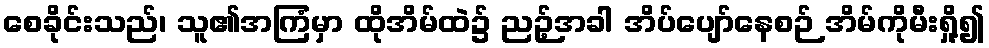
စေခိုင်းသည်၊ သူ၏အကြံမှာ ထိုအိမ်ထဲ၌ ညဉ့်အခါ အိပ်ပျော်နေစဉ် အိမ်ကိုမီးရှို့၍